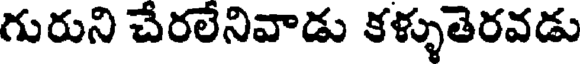
గురుని చేరలేనివాడు కళ్ళుతెరవడు